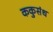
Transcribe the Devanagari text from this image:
ककुसंध